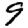
Digit: 9